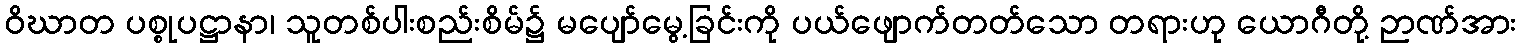
ဝိဃာတ ပစ္စုပဋ္ဌာနာ၊ သူတစ်ပါးစည်းစိမ်၌ မပျော်မွေ့ခြင်းကို ပယ်ဖျောက်တတ်သော တရားဟု ယောဂီတို့ ဉာဏ်အား